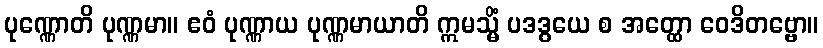
ပုဏ္ဏောတိ ပုဏ္ဏမာ။ ဧဝံ ပုဏ္ဏာယ ပုဏ္ဏမာယာတိ ဣမသ္မိံ ပဒဒွယေ စ အတ္ထော ဝေဒိတဗ္ဗော။